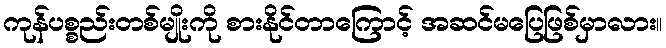
ကုန်ပစ္စည်းတစ်မျိုးကို စားနိုင်တာကြောင့် အဆင်မပြေဖြစ်မှာလား။